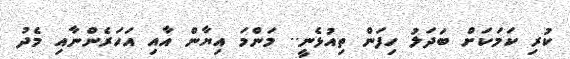
ކުރި ކަމަކަށް ބަދަލު ހިފަން ތިއުޅެނީ.. މަންމަ އިޔާން އާއި އަހަރެންނާއި މެދު